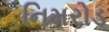
નિમરોડ